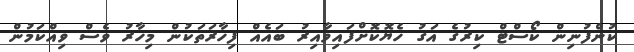
ކުންފުނިން ކޯސްޓް ކިރުގެ އަގު ހެޔޮކޮށްފައިވާއިރު ބައެއް ފިހާރަތަކުން މިހާރު ވެސް ވިއްކަމުން